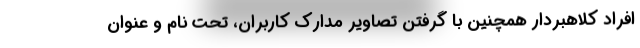
افراد کلاهبردار همچنین با گرفتن تصاویر مدارک کاربران، تحت نام و عنوان